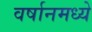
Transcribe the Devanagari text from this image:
वर्षानमध्ये